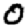
Digit: 0